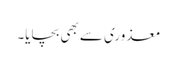
معذوری سے بھی بچایا۔